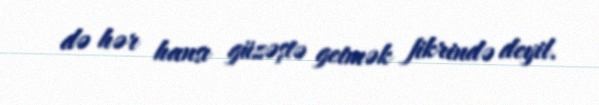
də hər hansı güzəştə getmək fikrində deyil.